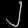
Digit: ၂